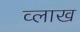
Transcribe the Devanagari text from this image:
व्लाख